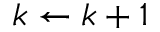
k \leftarrow k + 1